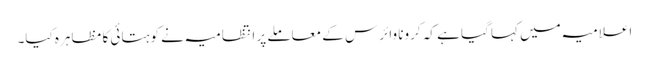
اعلامیہ میں کہا گیا ہے کہ کرونا وائرس کے معاملے پر انتظامیہ نے کوہتائی کا مظاہرہ کیا۔